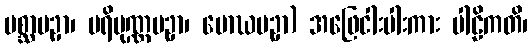
ပစ္ဆာပဥှာ၊ ပရိပုဏ္ဏပဥှာ၊ မောဃပဥှာ) အဖြေငါးပါးကား ပါဠိကတိ၊